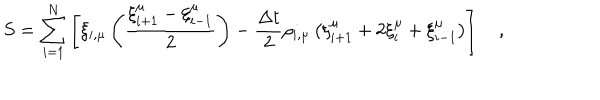
S = \sum _ { i = 1 } ^ { N } \left[ \xi _ { i , \mu } \left( \frac { \xi _ { i + 1 } ^ { \mu } - \xi _ { i - 1 } ^ { \mu } } { 2 } \right) - { \frac { \Delta t } { 2 } } \rho _ { i , \mu } \left( \xi _ { i + 1 } ^ { \mu } + 2 \xi _ { i } ^ { \mu } + \xi _ { i - 1 } ^ { \mu } \right) \right] \quad ,